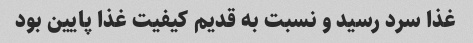
غذا سرد رسید و نسبت به قدیم کیفیت غذا پایین بود